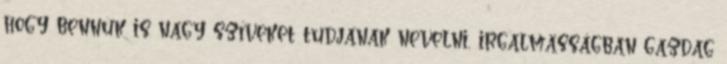
hogy bennük is nagy szíveket tudjanak nevelni, irgalmasságban gazdag